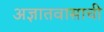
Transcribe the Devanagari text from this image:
अज्ञातवासाची